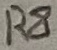
Text: R8